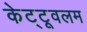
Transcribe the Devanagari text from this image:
केट्टूवलम